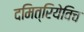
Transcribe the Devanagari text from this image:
दमित्रियेविच